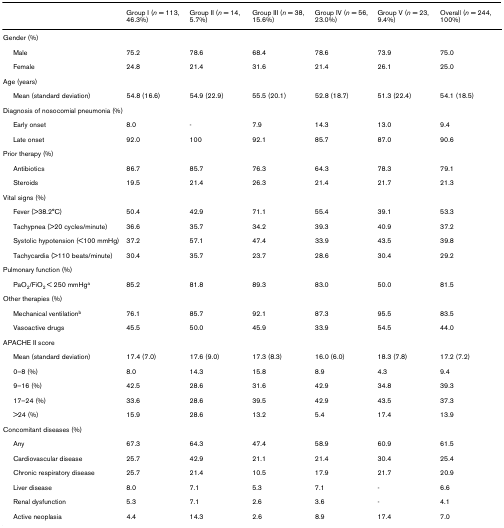
<table><thead><tr><td>[EMPTY_CELL]</td><td><b>Group I (<i>n </i>= 113, 46.3%)</b></td><td><b>Group II (<i>n </i>= 14, 5.7%)</b></td><td><b>Group III (<i>n </i>= 38, 15.6%)</b></td><td><b>Group IV (<i>n </i>= 56, 23.0%)</b></td><td><b>Group V (<i>n </i>= 23, 9.4%)</b></td><td><b>Overall (<i>n </i>= 244, 100%)</b></td></tr></thead><tbody><tr><td>Gender (%)</td><td>[EMPTY_CELL]</td><td>[EMPTY_CELL]</td><td>[EMPTY_CELL]</td><td>[EMPTY_CELL]</td><td>[EMPTY_CELL]</td><td>[EMPTY_CELL]</td></tr><tr><td> Male</td><td>75.2</td><td>78.6</td><td>68.4</td><td>78.6</td><td>73.9</td><td>75.0</td></tr><tr><td> Female</td><td>24.8</td><td>21.4</td><td>31.6</td><td>21.4</td><td>26.1</td><td>25.0</td></tr><tr><td>Age (years)</td><td>[EMPTY_CELL]</td><td>[EMPTY_CELL]</td><td>[EMPTY_CELL]</td><td>[EMPTY_CELL]</td><td>[EMPTY_CELL]</td><td>[EMPTY_CELL]</td></tr><tr><td> Mean (standard deviation)</td><td>54.8 (16.6)</td><td>54.9 (22.9)</td><td>55.5 (20.1)</td><td>52.8 (18.7)</td><td>51.3 (22.4)</td><td>54.1 (18.5)</td></tr><tr><td>Diagnosis of nosocomial pneumonia (%)</td><td>[EMPTY_CELL]</td><td>[EMPTY_CELL]</td><td>[EMPTY_CELL]</td><td>[EMPTY_CELL]</td><td>[EMPTY_CELL]</td><td>[EMPTY_CELL]</td></tr><tr><td> Early onset</td><td>8.0</td><td>-</td><td>7.9</td><td>14.3</td><td>13.0</td><td>9.4</td></tr><tr><td> Late onset</td><td>92.0</td><td>100</td><td>92.1</td><td>85.7</td><td>87.0</td><td>90.6</td></tr><tr><td>Prior therapy (%)</td><td>[EMPTY_CELL]</td><td>[EMPTY_CELL]</td><td>[EMPTY_CELL]</td><td>[EMPTY_CELL]</td><td>[EMPTY_CELL]</td><td>[EMPTY_CELL]</td></tr><tr><td> Antibiotics</td><td>86.7</td><td>85.7</td><td>76.3</td><td>64.3</td><td>78.3</td><td>79.1</td></tr><tr><td> Steroids</td><td>19.5</td><td>21.4</td><td>26.3</td><td>21.4</td><td>21.7</td><td>21.3</td></tr><tr><td>Vital signs (%)</td><td>[EMPTY_CELL]</td><td>[EMPTY_CELL]</td><td>[EMPTY_CELL]</td><td>[EMPTY_CELL]</td><td>[EMPTY_CELL]</td><td>[EMPTY_CELL]</td></tr><tr><td> Fever (&gt;38.2°C)</td><td>50.4</td><td>42.9</td><td>71.1</td><td>55.4</td><td>39.1</td><td>53.3</td></tr><tr><td> Tachypnea (&gt;20 cycles/minute)</td><td>36.6</td><td>35.7</td><td>34.2</td><td>39.3</td><td>40.9</td><td>37.2</td></tr><tr><td> Systolic hypotension (&lt;100 mmHg)</td><td>37.2</td><td>57.1</td><td>47.4</td><td>33.9</td><td>43.5</td><td>39.8</td></tr><tr><td> Tachycardia (&gt;110 beats/minute)</td><td>30.4</td><td>35.7</td><td>23.7</td><td>28.6</td><td>30.4</td><td>29.2</td></tr><tr><td>Pulmonary function (%)</td><td>[EMPTY_CELL]</td><td>[EMPTY_CELL]</td><td>[EMPTY_CELL]</td><td>[EMPTY_CELL]</td><td>[EMPTY_CELL]</td><td>[EMPTY_CELL]</td></tr><tr><td> PaO<sub>2</sub>/FiO<sub>2 </sub>&lt; 250 mmHg<sup>a</sup></td><td>85.2</td><td>81.8</td><td>89.3</td><td>83.0</td><td>50.0</td><td>81.5</td></tr><tr><td>Other therapies (%)</td><td>[EMPTY_CELL]</td><td>[EMPTY_CELL]</td><td>[EMPTY_CELL]</td><td>[EMPTY_CELL]</td><td>[EMPTY_CELL]</td><td>[EMPTY_CELL]</td></tr><tr><td> Mechanical ventilation<sup>b</sup></td><td>76.1</td><td>85.7</td><td>92.1</td><td>87.3</td><td>95.5</td><td>83.5</td></tr><tr><td> Vasoactive drugs</td><td>45.5</td><td>50.0</td><td>45.9</td><td>33.9</td><td>54.5</td><td>44.0</td></tr><tr><td>APACHE II score</td><td>[EMPTY_CELL]</td><td>[EMPTY_CELL]</td><td>[EMPTY_CELL]</td><td>[EMPTY_CELL]</td><td>[EMPTY_CELL]</td><td>[EMPTY_CELL]</td></tr><tr><td> Mean (standard deviation)</td><td>17.4 (7.0)</td><td>17.6 (9.0)</td><td>17.3 (8.3)</td><td>16.0 (6.0)</td><td>18.3 (7.8)</td><td>17.2 (7.2)</td></tr><tr><td> 0–8 (%)</td><td>8.0</td><td>14.3</td><td>15.8</td><td>8.9</td><td>4.3</td><td>9.4</td></tr><tr><td> 9–16 (%)</td><td>42.5</td><td>28.6</td><td>31.6</td><td>42.9</td><td>34.8</td><td>39.3</td></tr><tr><td> 17–24 (%)</td><td>33.6</td><td>28.6</td><td>39.5</td><td>42.9</td><td>43.5</td><td>37.3</td></tr><tr><td> &gt;24 (%)</td><td>15.9</td><td>28.6</td><td>13.2</td><td>5.4</td><td>17.4</td><td>13.9</td></tr><tr><td>Concomitant diseases (%)</td><td>[EMPTY_CELL]</td><td>[EMPTY_CELL]</td><td>[EMPTY_CELL]</td><td>[EMPTY_CELL]</td><td>[EMPTY_CELL]</td><td>[EMPTY_CELL]</td></tr><tr><td> Any</td><td>67.3</td><td>64.3</td><td>47.4</td><td>58.9</td><td>60.9</td><td>61.5</td></tr><tr><td> Cardiovascular disease</td><td>25.7</td><td>42.9</td><td>21.1</td><td>21.4</td><td>30.4</td><td>25.4</td></tr><tr><td> Chronic respiratory disease</td><td>25.7</td><td>21.4</td><td>10.5</td><td>17.9</td><td>21.7</td><td>20.9</td></tr><tr><td> Liver disease</td><td>8.0</td><td>7.1</td><td>5.3</td><td>7.1</td><td>-</td><td>6.6</td></tr><tr><td> Renal dysfunction</td><td>5.3</td><td>7.1</td><td>2.6</td><td>3.6</td><td>-</td><td>4.1</td></tr><tr><td> Active neoplasia</td><td>4.4</td><td>14.3</td><td>2.6</td><td>8.9</td><td>17.4</td><td>7.0</td></tr></tbody></table>